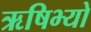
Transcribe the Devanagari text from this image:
ऋषिभ्यो